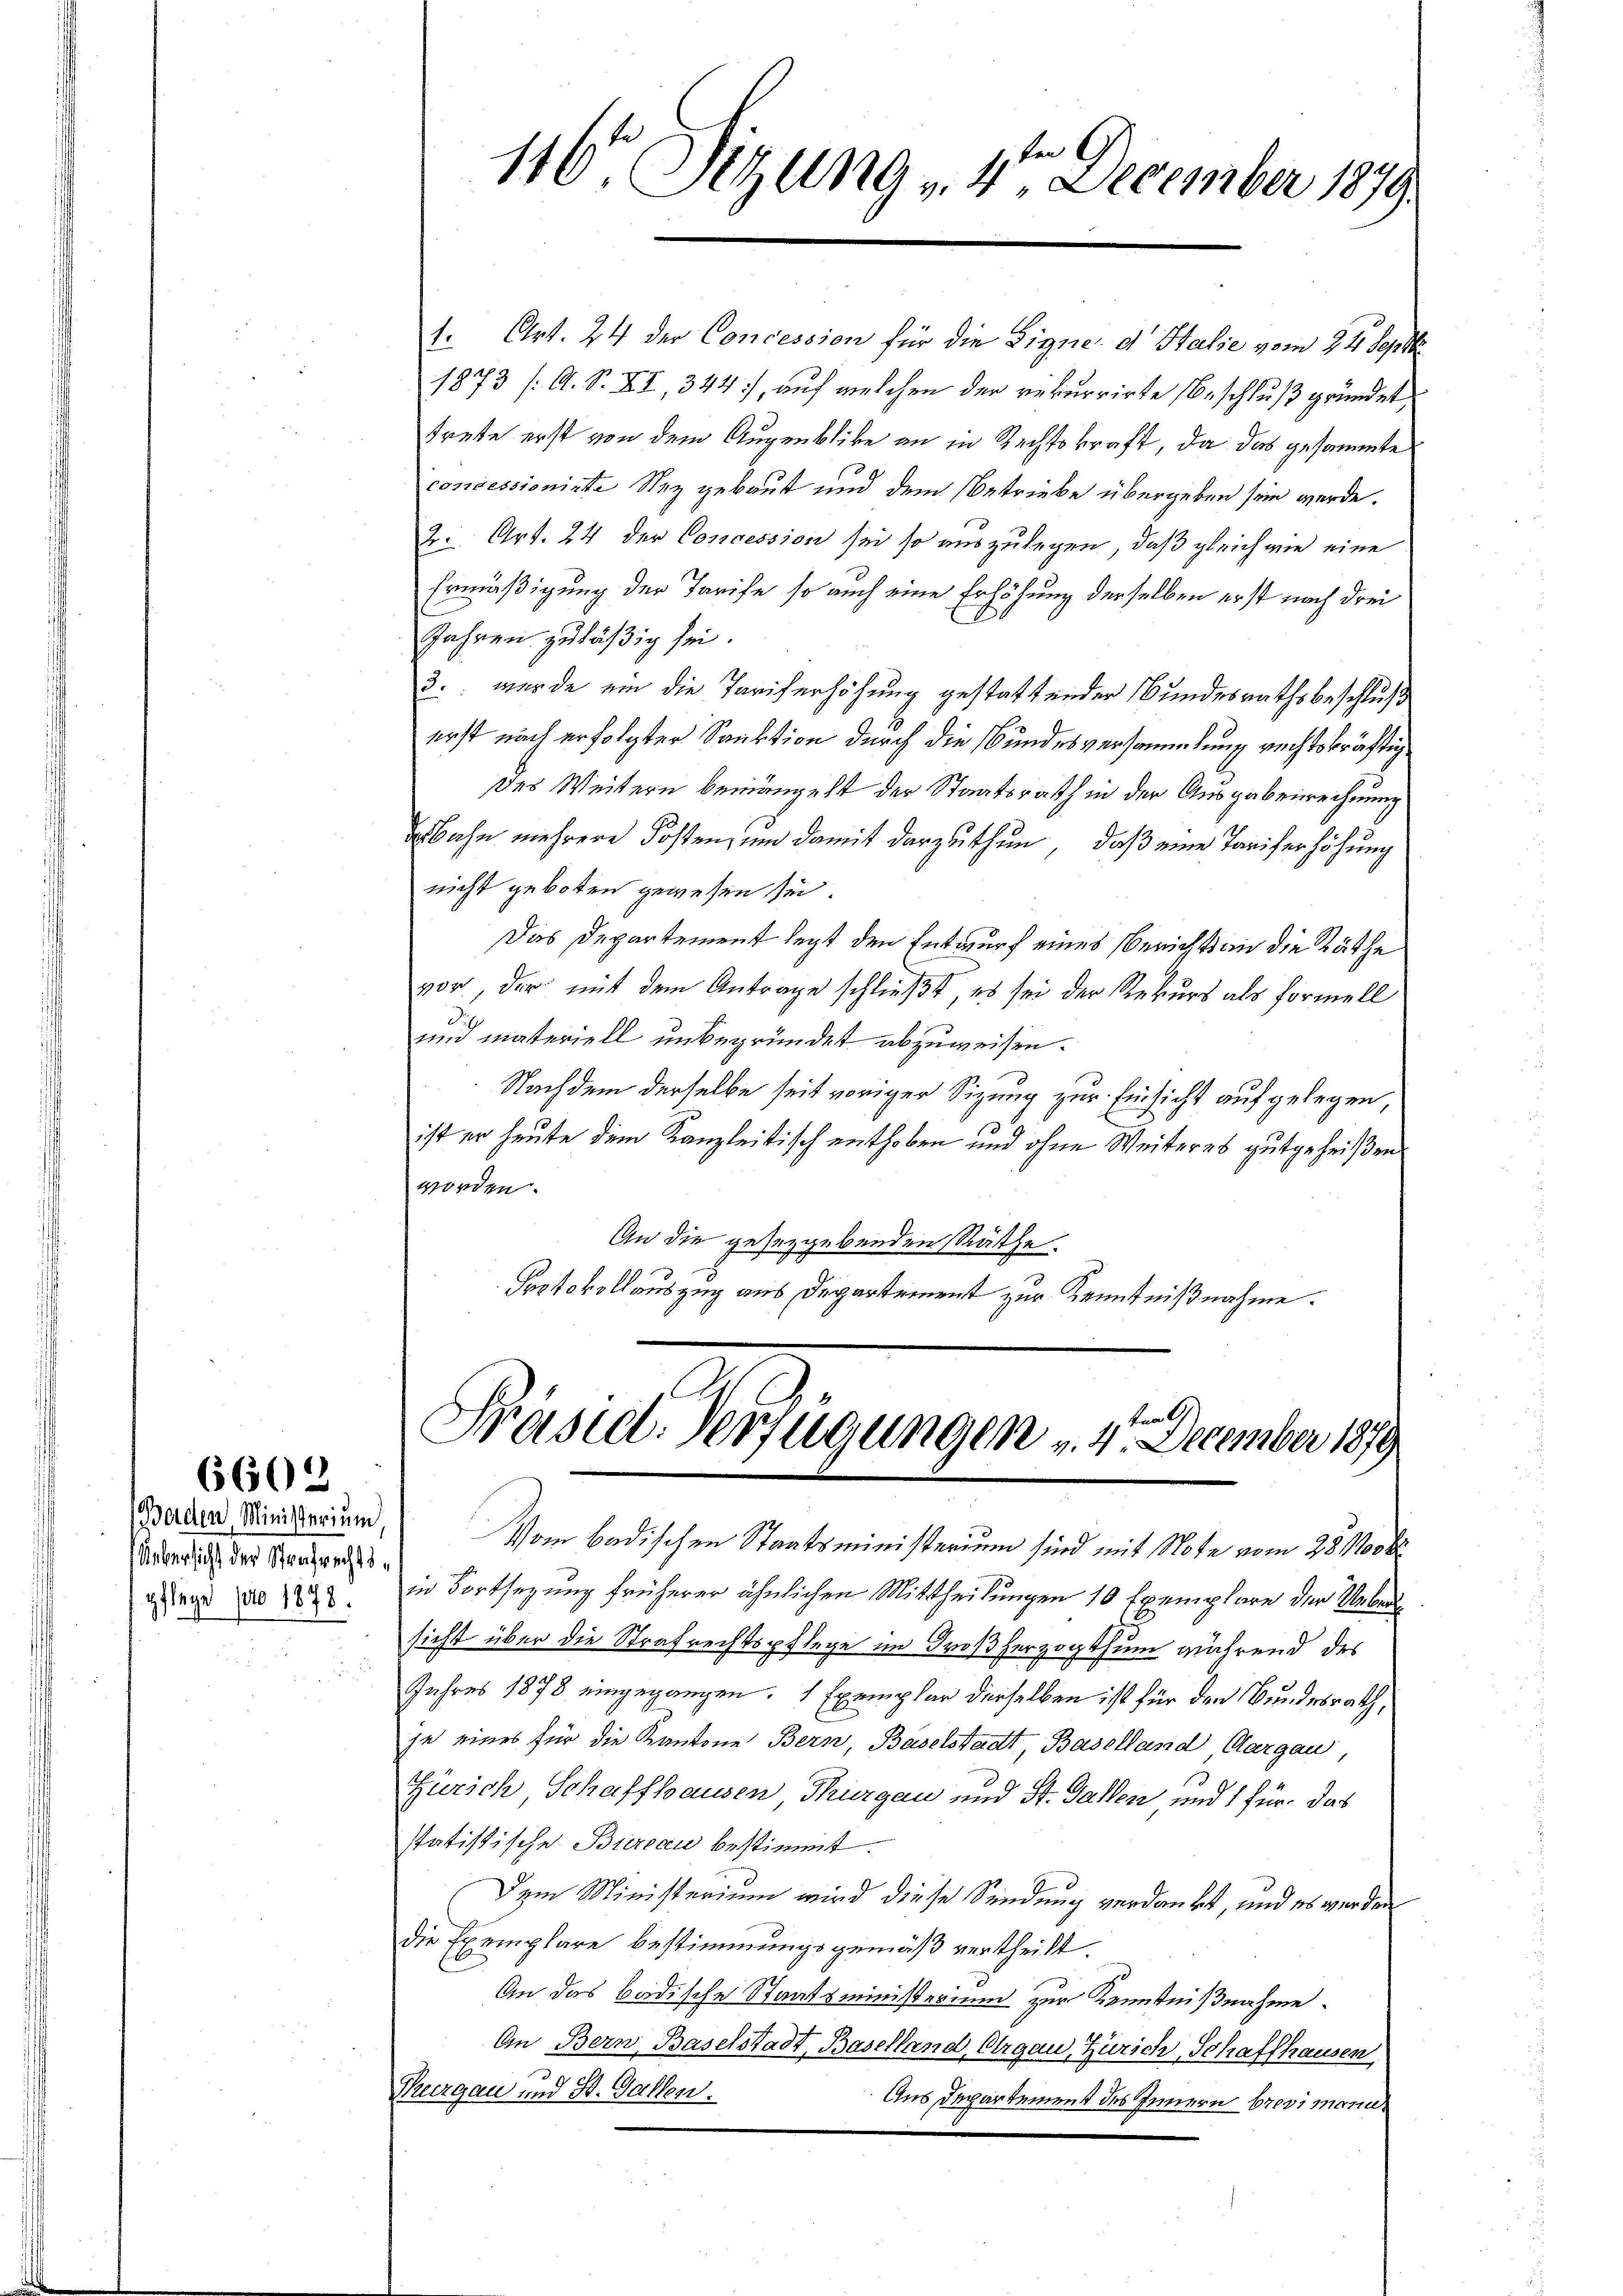
6602

uebersicht der Strafrechtspflege pro 1878.

116 Sizung , 4r December 1879.

1. Art. 24 der Concession für die Signe d Italie vom 24. Septe
1873 /: A. S. XI, 344), auf welchen der rekurrirte Beschluß gründet,
trete erst von dem Augenblicke an in Rechtskraft, da das gesammte
concessionirte Rez gebaut und dem betriebe übergeben sein werde.
2 Art. 24 der Concession sei so auszulegen, daß gleich wie eine
Ermäßigung der Tarife so auch eine Erhöhung derselben erst nach drei
Jahren zuläßig sei.
3. wurde ein die Tariferhöhung gestattender Bundesrathsbeschluß
erst nach erfolgter Sauktion durch die Bundesversammlung rechtskräftig
des Weitern beiangeht der Staatsrath in der Ausgabenrechnung
debahn mehrere Kosten, um damit darzuthun, daß eine Tariferhöhung
nicht geboten gewesen sei.
Das Departement legt den Entwurf eines Berichts an die Räthe
vor, der mit dem Antrage schließt, es sei der Rekurs als Formell
und materiell unbegründet abzuweisen.
Nachdem derselbe seit voriger Sitzung zur Einsicht aufgelegen,
ist er heute dem Kanzleitisch enthoben und ohne Weiteres gutgeheißen
worden.
An die gesezgebenden Räthe
Protokollauszug aus Departement zur Kenntnißnahme.

ten G
Präsid. Verfügungen v. 4. December 1879.

Berden Ministerium. Vom badischen Staatsministerium sind mit Mote vom 28. 1100 l.
in Fortsetzung früherer ähnlichen Mittheilungen 10 Exemplare der Uebrisicht über die Strafrechtspflege im Großherzogthum während des
Jahres 1878 eingegangen. 1 Exemplar derselben ist für den Bundesrath,
je eines für die Kantone Bern, Baselstadt, Baselland, Aargau
Zürich Schaffhausen, Thurgau und St. Gallen und 1 für das
statistische Bureau bestimmt.
Dem Ministerium wird diese Sendung verdankt, und es werden
die Exemplare bestimmungsgemäß vertheilt.
An das badische Staatsministerium zur Kenntnißnahme.
An Bern Baselstadt, Baselland, Orgau, Zürich, Schaffhausen,
Thurgau und St. Gallen.
Aus Departement des Innern brevi mona¬